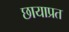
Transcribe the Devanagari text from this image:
छायाप्रत